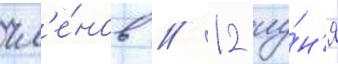
чл'е́нов // 12 иу́н'я